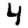
Digit: 4